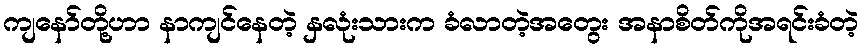
ကျနော်တို့ဟာ နာကျင်နေတဲ့ နှလုံးသားက ခံလာတဲ့အတွေး အနာစိတ်ကိုအရင်းခံတဲ့